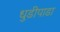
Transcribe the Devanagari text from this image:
धुडीपाडा